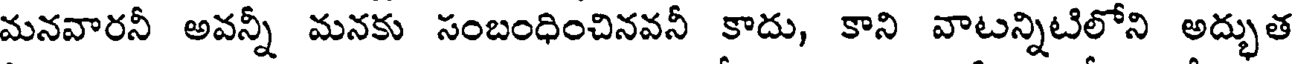
మనవారనీ అవన్నీ మనకు సంబంధించినవనీ కాదు, కాని వాటన్నిటిలోని అద్భుత